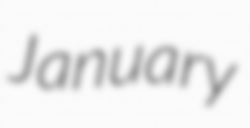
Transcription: January